Annual report of the Central Committee of the Association together with the report of the directors of the Pasteur Institute at Kasauli
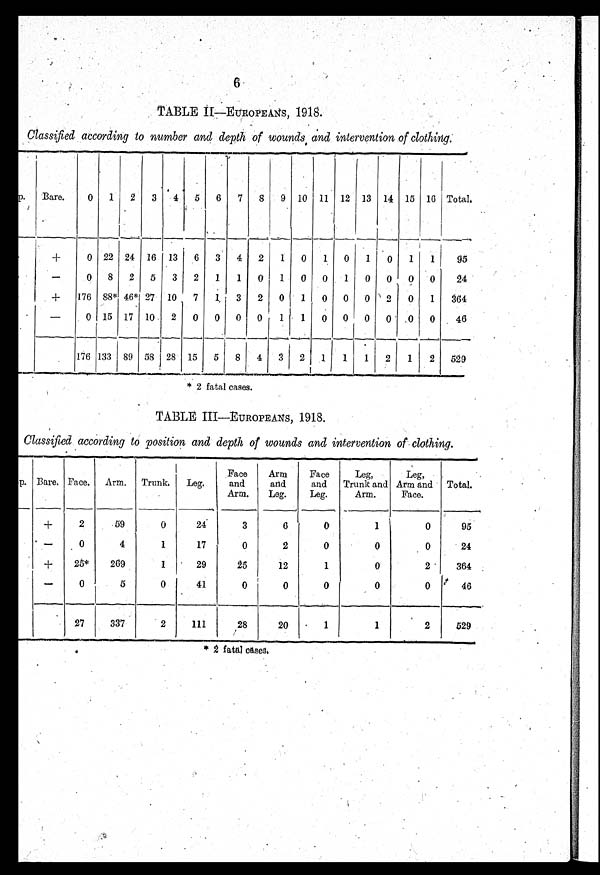
6
TABLE II—EUROPEANS, 1918.
Classified according to number and depth of wounds and intervention of clothing .
p.
Bare.
0
1
2
3
4
5
6
7
8
9 10 11 12 13 14 15 16 Total.
+
0 22 24 16 13
6
3
4
2
1
0
1
0
1
0
1
1
95
-
0
8
2
5
3
2
1
1
0
1
0
0
1
0
0
0
0
24
+
176 88* 46* 27 10
7
1
3
2
0
1
0
0
0
2
0
1
364
-
0 15 17 10
2
0
0
0
0
1
1
0
0
0
0
0
0
46
176 133 89
5 8
28 15
5
8
4
3
2
1
1
1
2 1
2
529
* 2 fatal cases.
TABLE III—EUROPEANS, 1918.
Classified according to position and depth of wounds and intervention of clothing.
p. Bare. Face. Arm. Trunk.
Leg.
Face
and
Arm.
Arm
and
Leg.
Face
and
Leg.
Leg,
Trunk and
Arm.
Leg,
Arm and
Face.
Total.
+
2
59
0
24
3
6
0
1
0
95
-
0
4
1
17
0
2
0
0
0
24
+
25*
269
1
29
25
12
1
0
2
364
-
0
5
0
41
0
0
0
0
0
46
27
337
2
111
28
20
1
1
2
529
* 2 fatal cases.